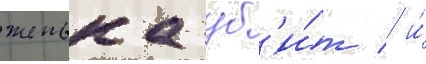
женька уб'и́т / и́